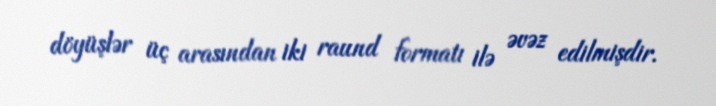
döyüşlər üç arasından iki raund formatı ilə əvəz edilmişdir.